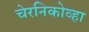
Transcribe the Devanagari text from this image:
चेरनिकोव्हा